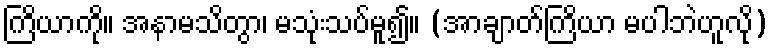
ကြိယာကို။ အနာမသိတွာ၊ မသုံးသပ်မူ၍။ (အာချာတ်ကြိယာ မပါဘဲဟူလို)